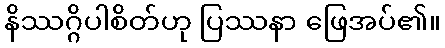
နိဿဂ္ဂိပါစိတ်ဟု ပြဿနာ ဖြေအပ်၏။